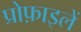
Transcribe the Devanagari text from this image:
प्रोफ़ाइलें